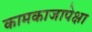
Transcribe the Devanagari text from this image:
कामकाजापेक्षा